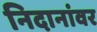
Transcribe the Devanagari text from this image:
निदानांवर